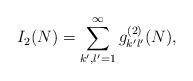
LaTeX: \begin{align*}I_2(N)= \sum_{k',l'=1}^{\infty}g_{k'l'}^{(2)}(N),\end{align*}